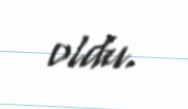
oldu.